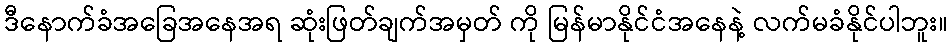
ဒီနောက်ခံအခြေအနေအရ ဆုံးဖြတ်ချက်အမှတ် ကို မြန်မာနိုင်ငံအနေနဲ့ လက်မခံနိုင်ပါဘူး။